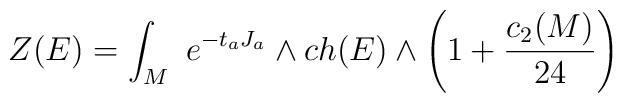
Z(E) = \int_M \ e^{-t_a J_a}\wedge ch(E)\wedge \left(1 + {{c_2(M)}\over{24}} \right)